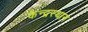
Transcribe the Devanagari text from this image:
केन्द्रस्थान